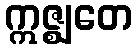
ဣဇ္ဈတေ